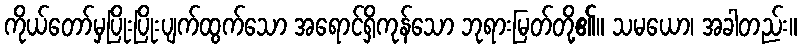
ကိုယ်တော်မှပြိုးပြိုးပျက်ထွက်သော အရောင်ရှိကုန်သော ဘုရားမြတ်တို့၏။ သမယော၊ အခါတည်း။